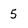
Character: 5